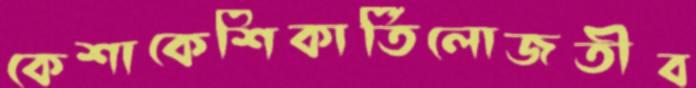
কেশাকেশিকার্তিলোজতীব